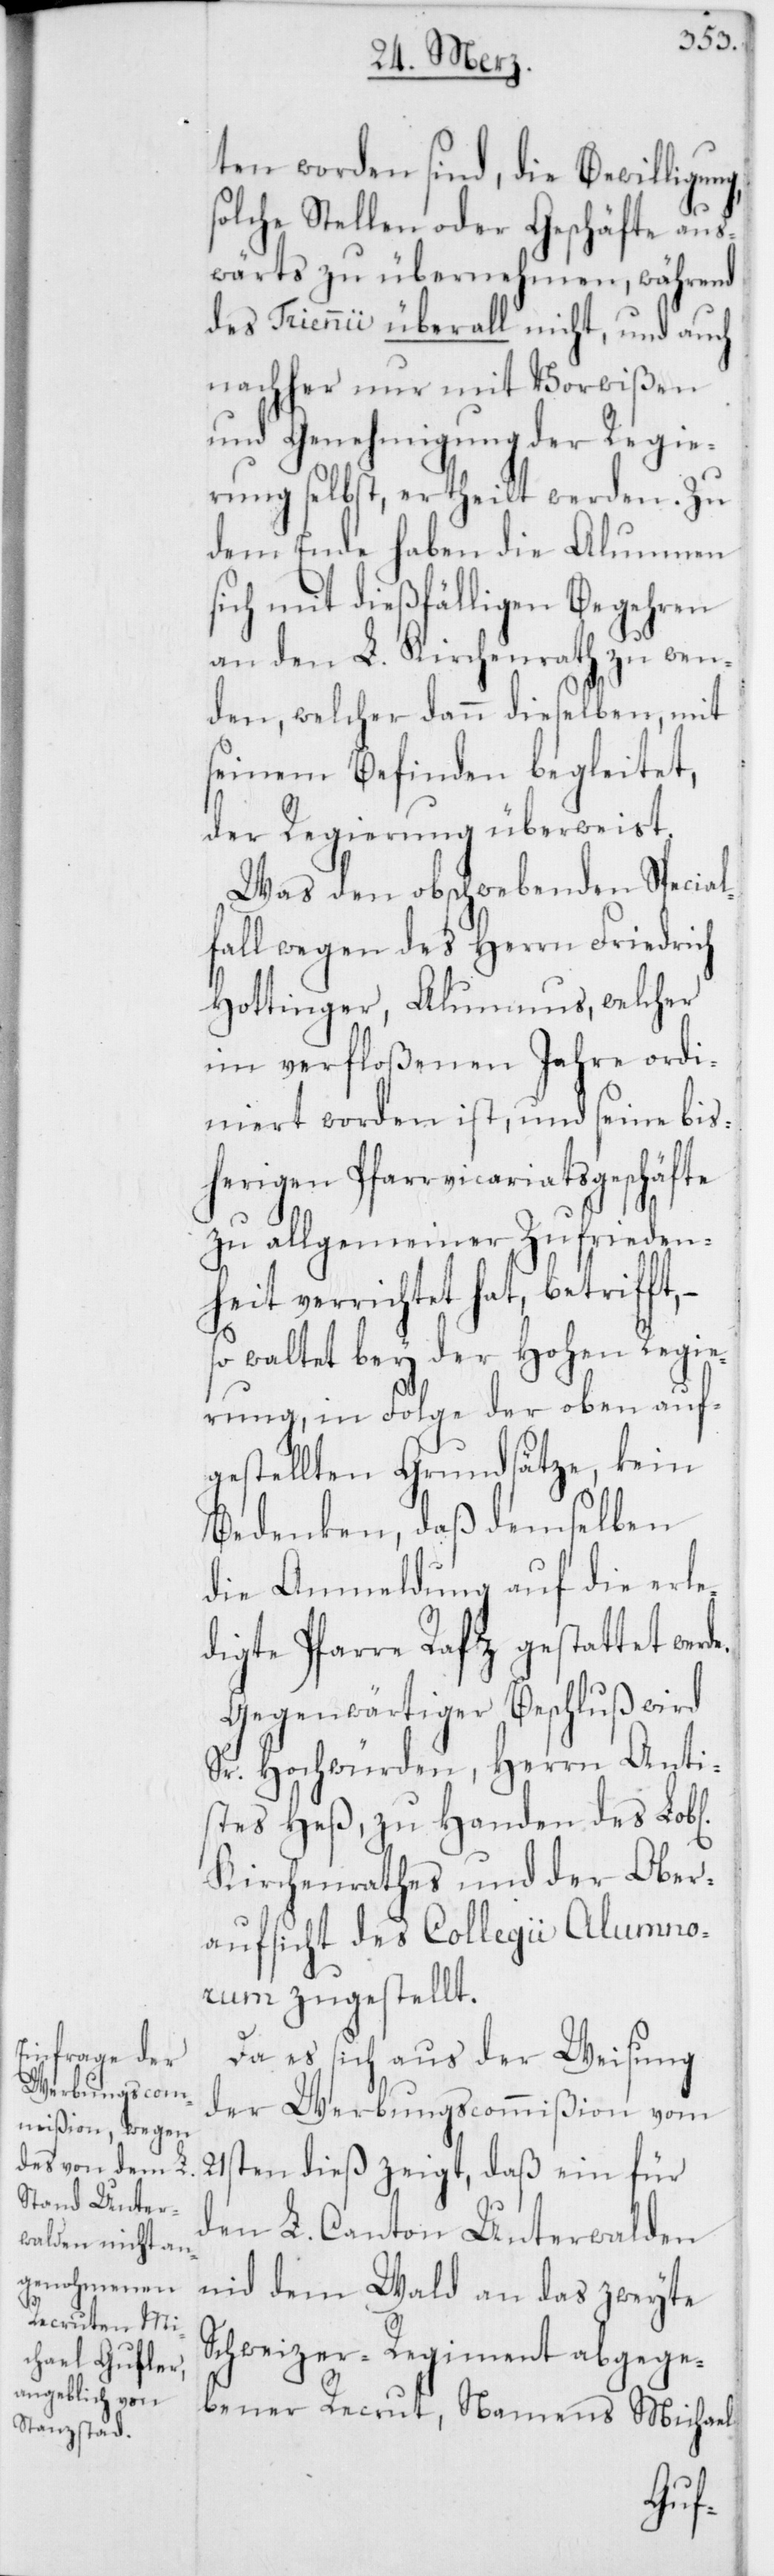
ten worden sind, die Bewilligun¬
solche Stellen oder Geschäfte aus¬
wärts zu übernehmen, während
des Triennii überall nicht, und auch
nachher nur mit Vorwißen
und Genehmigung der Regie¬
rung selbst, ertheilt werden. Zu
dem Ende haben die Alumnen
sich mit dießfälligen Begehren
an den L. Kirchenrath zu wen¬
den, welcher dann dieselben, mit
seinem Befinden begleitet,
der Regierung überweist.
Was den obschwebenden Special¬
fall wegen des Herrn Friedrich
Hottinger, Alumnus, welcher
im verfloßenen Jahre ordi¬
niert worden ist, und seine bis¬
herigen Pfarrvicariatsgeschäfte
zu allgemeiner Zufrieden¬
heit verrichtet hat, betrifft,
so waltet bey der Hohen Regie¬
rung, in Folge der oben auf¬
gestellten Grundsätze, kein
Bedenken, daß demselben
die Anmeldung auf die erle¬
digte Pfarre Rafz gestattet wer¬
Gegenwärtiger Beschluß wird
Sr. Hochwürden, Herrn Anti¬
stes Heß, zu Handen des Lob[l¬
Kirchenrathes und der Ober¬
aufsicht des Collegii Alumno¬
rum zugestellt.
Da es sich aus der Weisung
der Werbungscommißion vom
21sten dieß zeigt, daß ein für
den L. Canton Unterwalden
nid dem Wald an das zweyte
Schweizer-Regiment abgege¬
bener Recrut, Namens Michael
ichen]